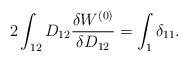
LaTeX: \begin{align*}2\int_{12}D_{12}\frac{\delta W^{(0)}}{\delta D_{12}}=\int_1\delta_{11}.\end{align*}